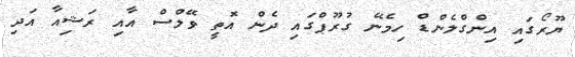
ޔޫރޯގައި އިންގްލެންޑް ހިމެނޭ ގުރޫޕްގައި ދެން އޮތީ ވޭލްސް އާއި ރަޝިއާ އަދި